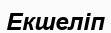
Екшеліп